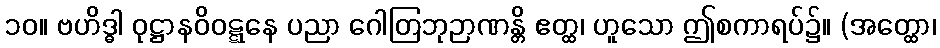
၁၀။ ဗဟိဒ္ဓါ ဝုဋ္ဌာနဝိဝဋ္ဋနေ ပညာ ဂေါတြဘုဉာဏန္တိ ဧတ္ထ၊ ဟူသော ဤစကာရပ်၌။ (အတ္ထော၊